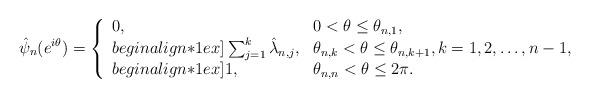
LaTeX: \begin{align*} \hat{\psi}_n(e^{i\theta}) = \left\{ \begin{array}{ll} 0, & 0 < \theta \leq \theta_{n,1}, \\begin{align*}1ex] \sum_{j=1}^{k} \hat{\lambda}_{n,j}, & \theta_{n,k} < \theta \leq \theta_{n,k+1},k=1,2, \ldots, n-1, \\begin{align*}1ex] 1, & \theta_{n,n} < \theta \leq 2\pi. \end{array} \right.\end{align*}